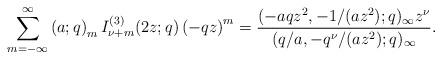
LaTeX: \begin{align*}\begin{aligned}\sum_{m=-\infty}^{\infty}\left(a;q\right)_{m}I_{\nu+m}^{(3)}(2z;q)\left(-qz\right)^{m} & =\frac{(-aqz^{2},-1/(az^{2});q)_{\infty}z^{\nu}}{(q/a,-q^{\nu}/(az^{2});q)_{\infty}}.\end{aligned}\end{align*}